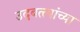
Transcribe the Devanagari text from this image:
उदबत्त्यांच्या